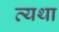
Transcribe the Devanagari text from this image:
व्‍यथा